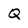
Character: Q